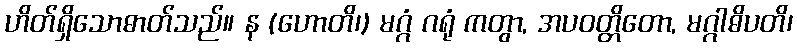
ဟိတ်ရှိသောဓာတ်သည်။ န (ဟောတိ၊) မဂ္ဂံ ဂရုံ ကတွာ, အပဝတ္တိတော, မဂ္ဂါဓိပတိ၊